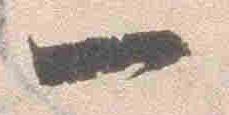
一